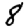
Digit: 8